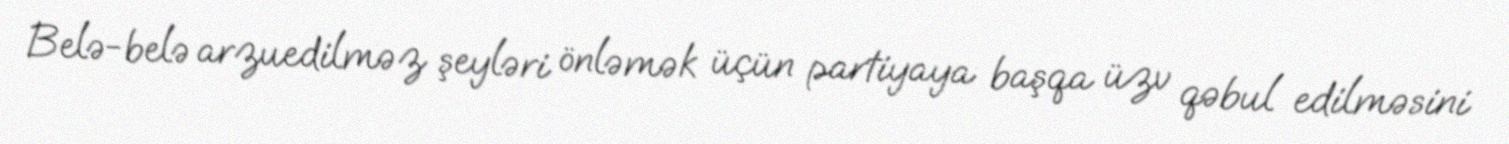
Belə-belə arzuedilməz şeyləri önləmək üçün partiyaya başqa üzv qəbul edilməsini